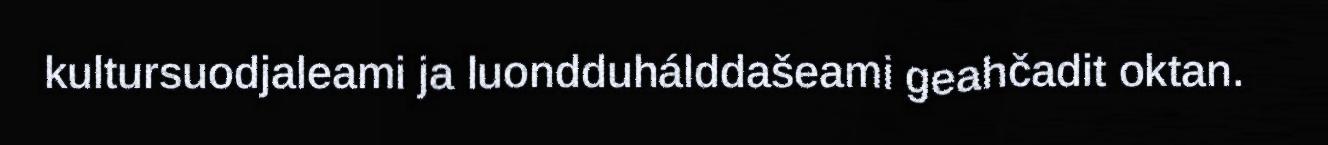
kultursuodjaleami ja luondduhálddašeami geahčadit oktan.